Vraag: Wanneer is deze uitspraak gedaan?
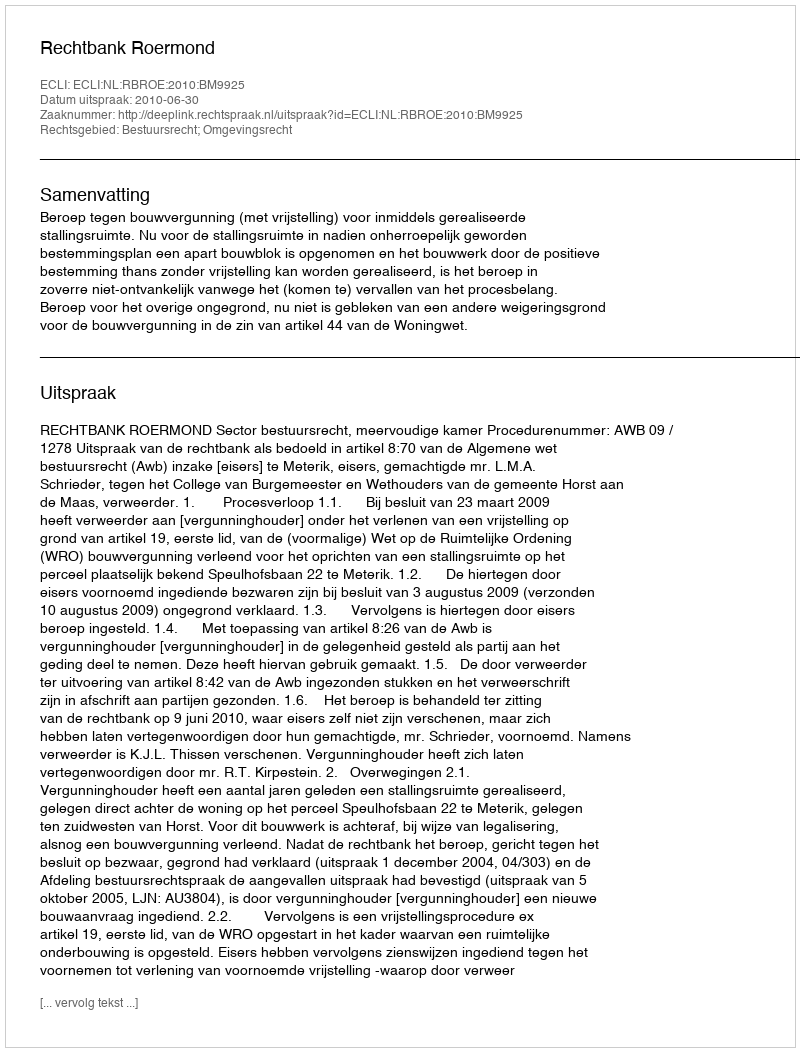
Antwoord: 2010-06-30